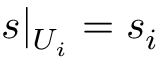
s | _ { U _ { i } } = s _ { i }